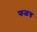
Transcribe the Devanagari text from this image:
फळच